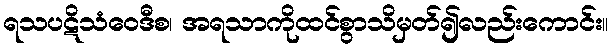
ရသပဋိသံဝေဒီစ၊ အရသာကိုထင်စွာသိမှတ်၍လည်းကောင်း။